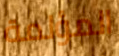
المؤلمة